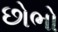
છોભો